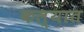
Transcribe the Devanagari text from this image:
कल्यात